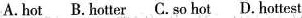
A.hot B.Hotter C. So hot D. Hottest